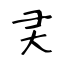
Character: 㚑